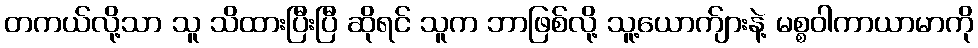
တကယ်လို့သာ သူ သိထားပြီးပြီ ဆိုရင် သူက ဘာဖြစ်လို့ သူ့ယောက်ျားနဲ့ မစ္စဝါကာယာမာကို